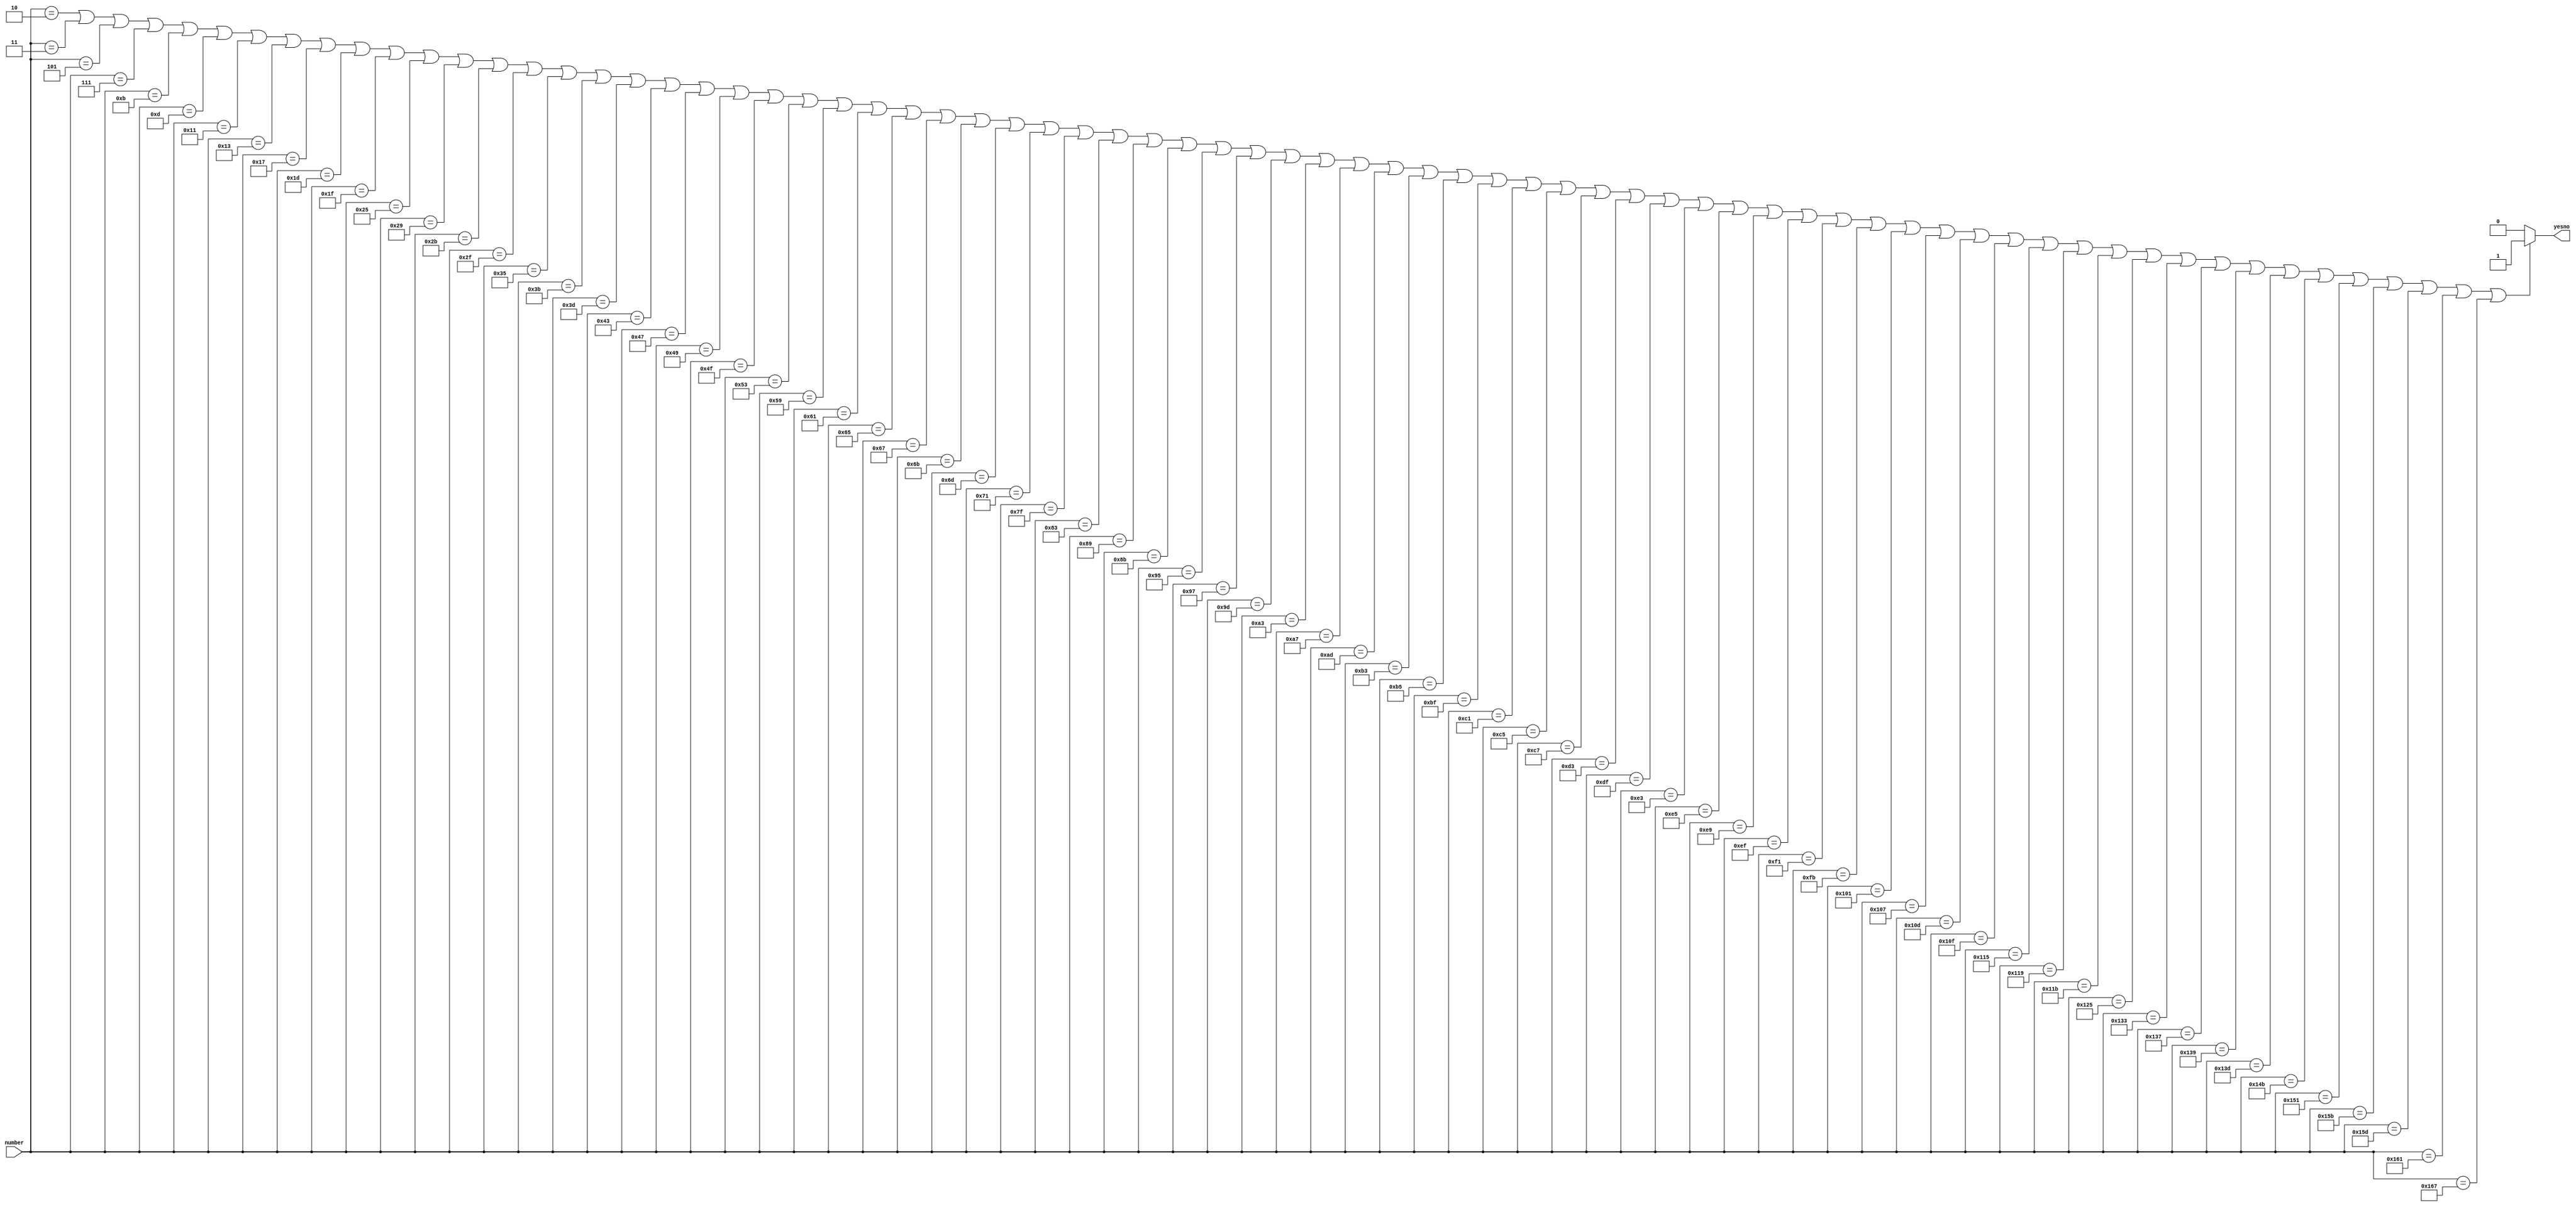
`timescale 1ns / 1ps


module IsPrimeNumber(
	input [8:0] number,
	output reg yesno
    );
      
    always@(*)begin
    		if(number==2 || number ==3 || number == 5 || number == 7 || number == 11 
    		|| number ==13 || number ==17 || number ==19 || number ==23 || number ==29 
    		|| number ==31 || number == 37 || number ==41 || number == 43 || number == 47 
    		|| number == 53 || number ==59|| number ==61|| number ==67|| number ==71|| number ==73
    		|| number ==79|| number ==83|| number ==89|| number ==97|| number ==101|| number ==103
    		|| number ==107|| number ==109|| number ==113|| number ==127|| number ==131|| number ==137
    		|| number ==139|| number ==149|| number ==151|| number ==157|| number ==163|| number ==167
    		|| number ==173|| number ==179|| number ==181|| number ==191|| number ==193|| number ==197
    		|| number ==199|| number ==211|| number ==223|| number ==227|| number ==229|| number ==233
    		|| number ==239|| number ==241 || number ==251|| number ==257|| number ==263|| number ==269
    		|| number ==271|| number ==277|| number ==281|| number ==283|| number ==293|| number ==307
    		|| number ==311|| number ==313|| number ==317|| number ==331|| number ==337|| number ==347
    		|| number ==349|| number ==353|| number ==359 ) begin
    				yesno = 1;
    		end
    		else begin
    			yesno = 0;
    		end	
    end
    
endmodule